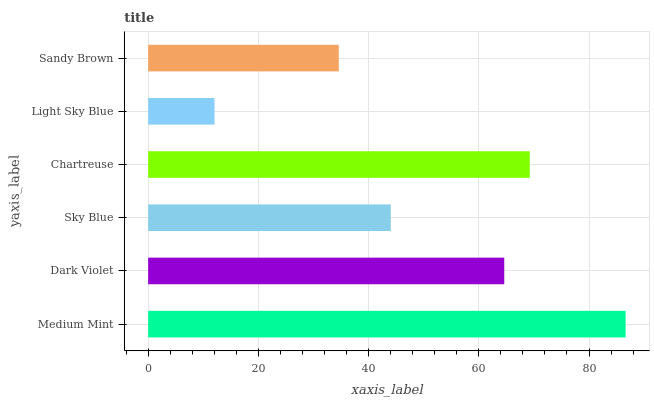
| yaxis_label | bars |
 | --- | --- |
 | Medium Mint | 86.6 |
 | Dark Violet | 64.6 |
 | Sky Blue | 44 |
 | Chartreuse | 69.2 |
 | Light Sky Blue | 12 |
 | Sandy Brown | 34.6 |